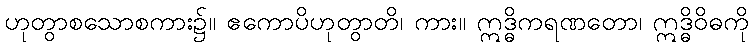
ဟုတွာစသောစကား၌။ ဧကောပိဟုတွာတိ၊ ကား။ ဣဒ္ဓိကရဏတော၊ ဣဒ္ဓိဝိဓကို